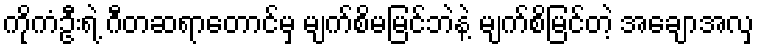
ကိုကံဦးရဲ့ ဂီတဆရာတောင်မှ မျက်စိမမြင်ဘဲနဲ့ မျက်စိမြင်တဲ့ အချောအလှ